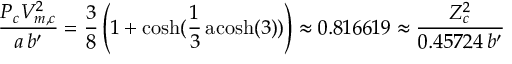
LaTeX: { \frac { P _ { c } V _ { m , c } ^ { 2 } } { a \, b ^ { \prime } } } = { \frac { 3 } { 8 } } \left( 1 + \cosh ( { \frac { 1 } { 3 } } \operatorname { a c o s h } ( 3 ) ) \right) \approx 0 . 8 1 6 6 1 9 \approx { \frac { Z _ { c } ^ { 2 } } { 0 . 4 5 7 2 4 \, b ^ { \prime } } }